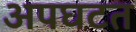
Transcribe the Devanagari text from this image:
अपघटत